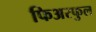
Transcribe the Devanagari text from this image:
फिअरफुल